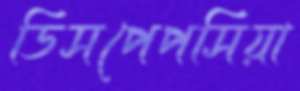
ডিসপেপসিয়া